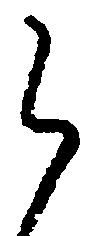
之